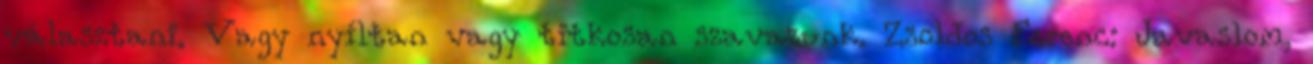
választani. Vagy nyíltan vagy titkosan szavazunk. Zsoldos Ferenc: Javaslom,